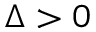
\Delta > 0